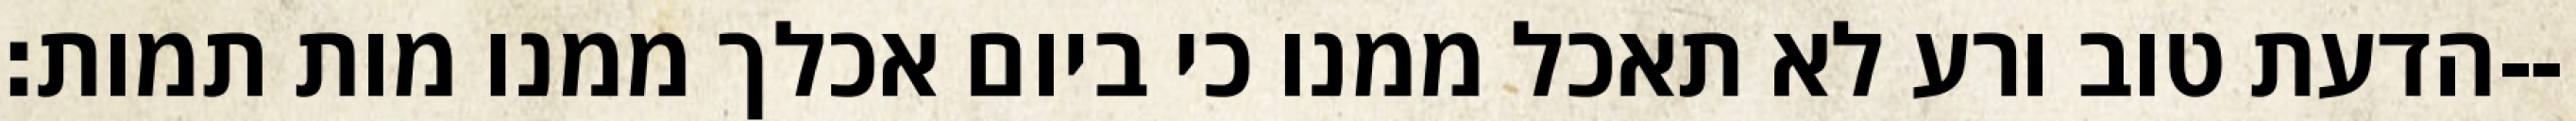
הדעת טוב ורע לא תאכל ממנו כי ביום אכלך ממנו מות תמות׃--